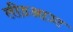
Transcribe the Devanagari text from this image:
लीडआउट